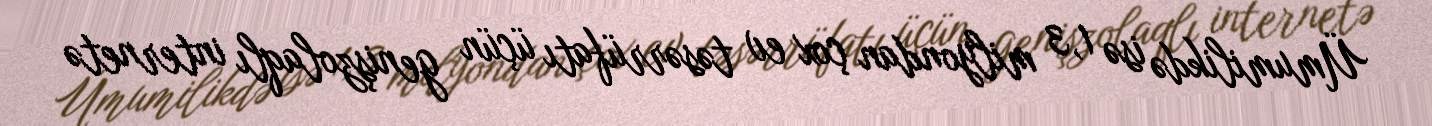
Ümumilikdə isə 1,3 milyondan çox ev təsərrüfatı üçün genişzolaqlı internetə